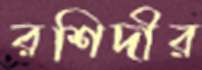
রশিদীর